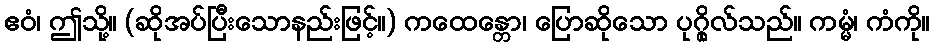
ဧဝံ၊ ဤသို့။ (ဆိုအပ်ပြီးသောနည်းဖြင့်။) ကထေန္တော၊ ပြောဆိုသော ပုဂ္ဂိုလ်သည်။ ကမ္မံ၊ ကံကို။